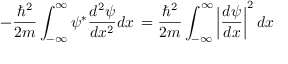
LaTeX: - { \frac { \hbar ^ { 2 } } { 2 m } } \int _ { - \infty } ^ { \infty } \psi ^ { * } { \frac { d ^ { 2 } \psi } { d x ^ { 2 } } } d x \, = { \frac { \hbar ^ { 2 } } { 2 m } } \int _ { - \infty } ^ { \infty } \left| { \frac { d \psi } { d x } } \right| ^ { 2 } d x